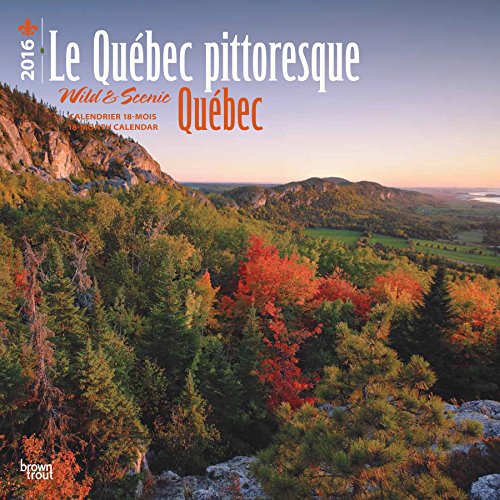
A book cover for Le QuÃ©bec Pittoresque - Quebec, Wild & Scenic 2016 Calendar; Travel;